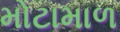
મોટામાળ